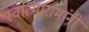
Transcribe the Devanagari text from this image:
स्वात्मारामांनी